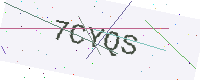
Text: 7CYQS